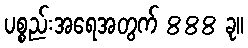
ပစ္စည်းအရေအတွက် 888 ခု။